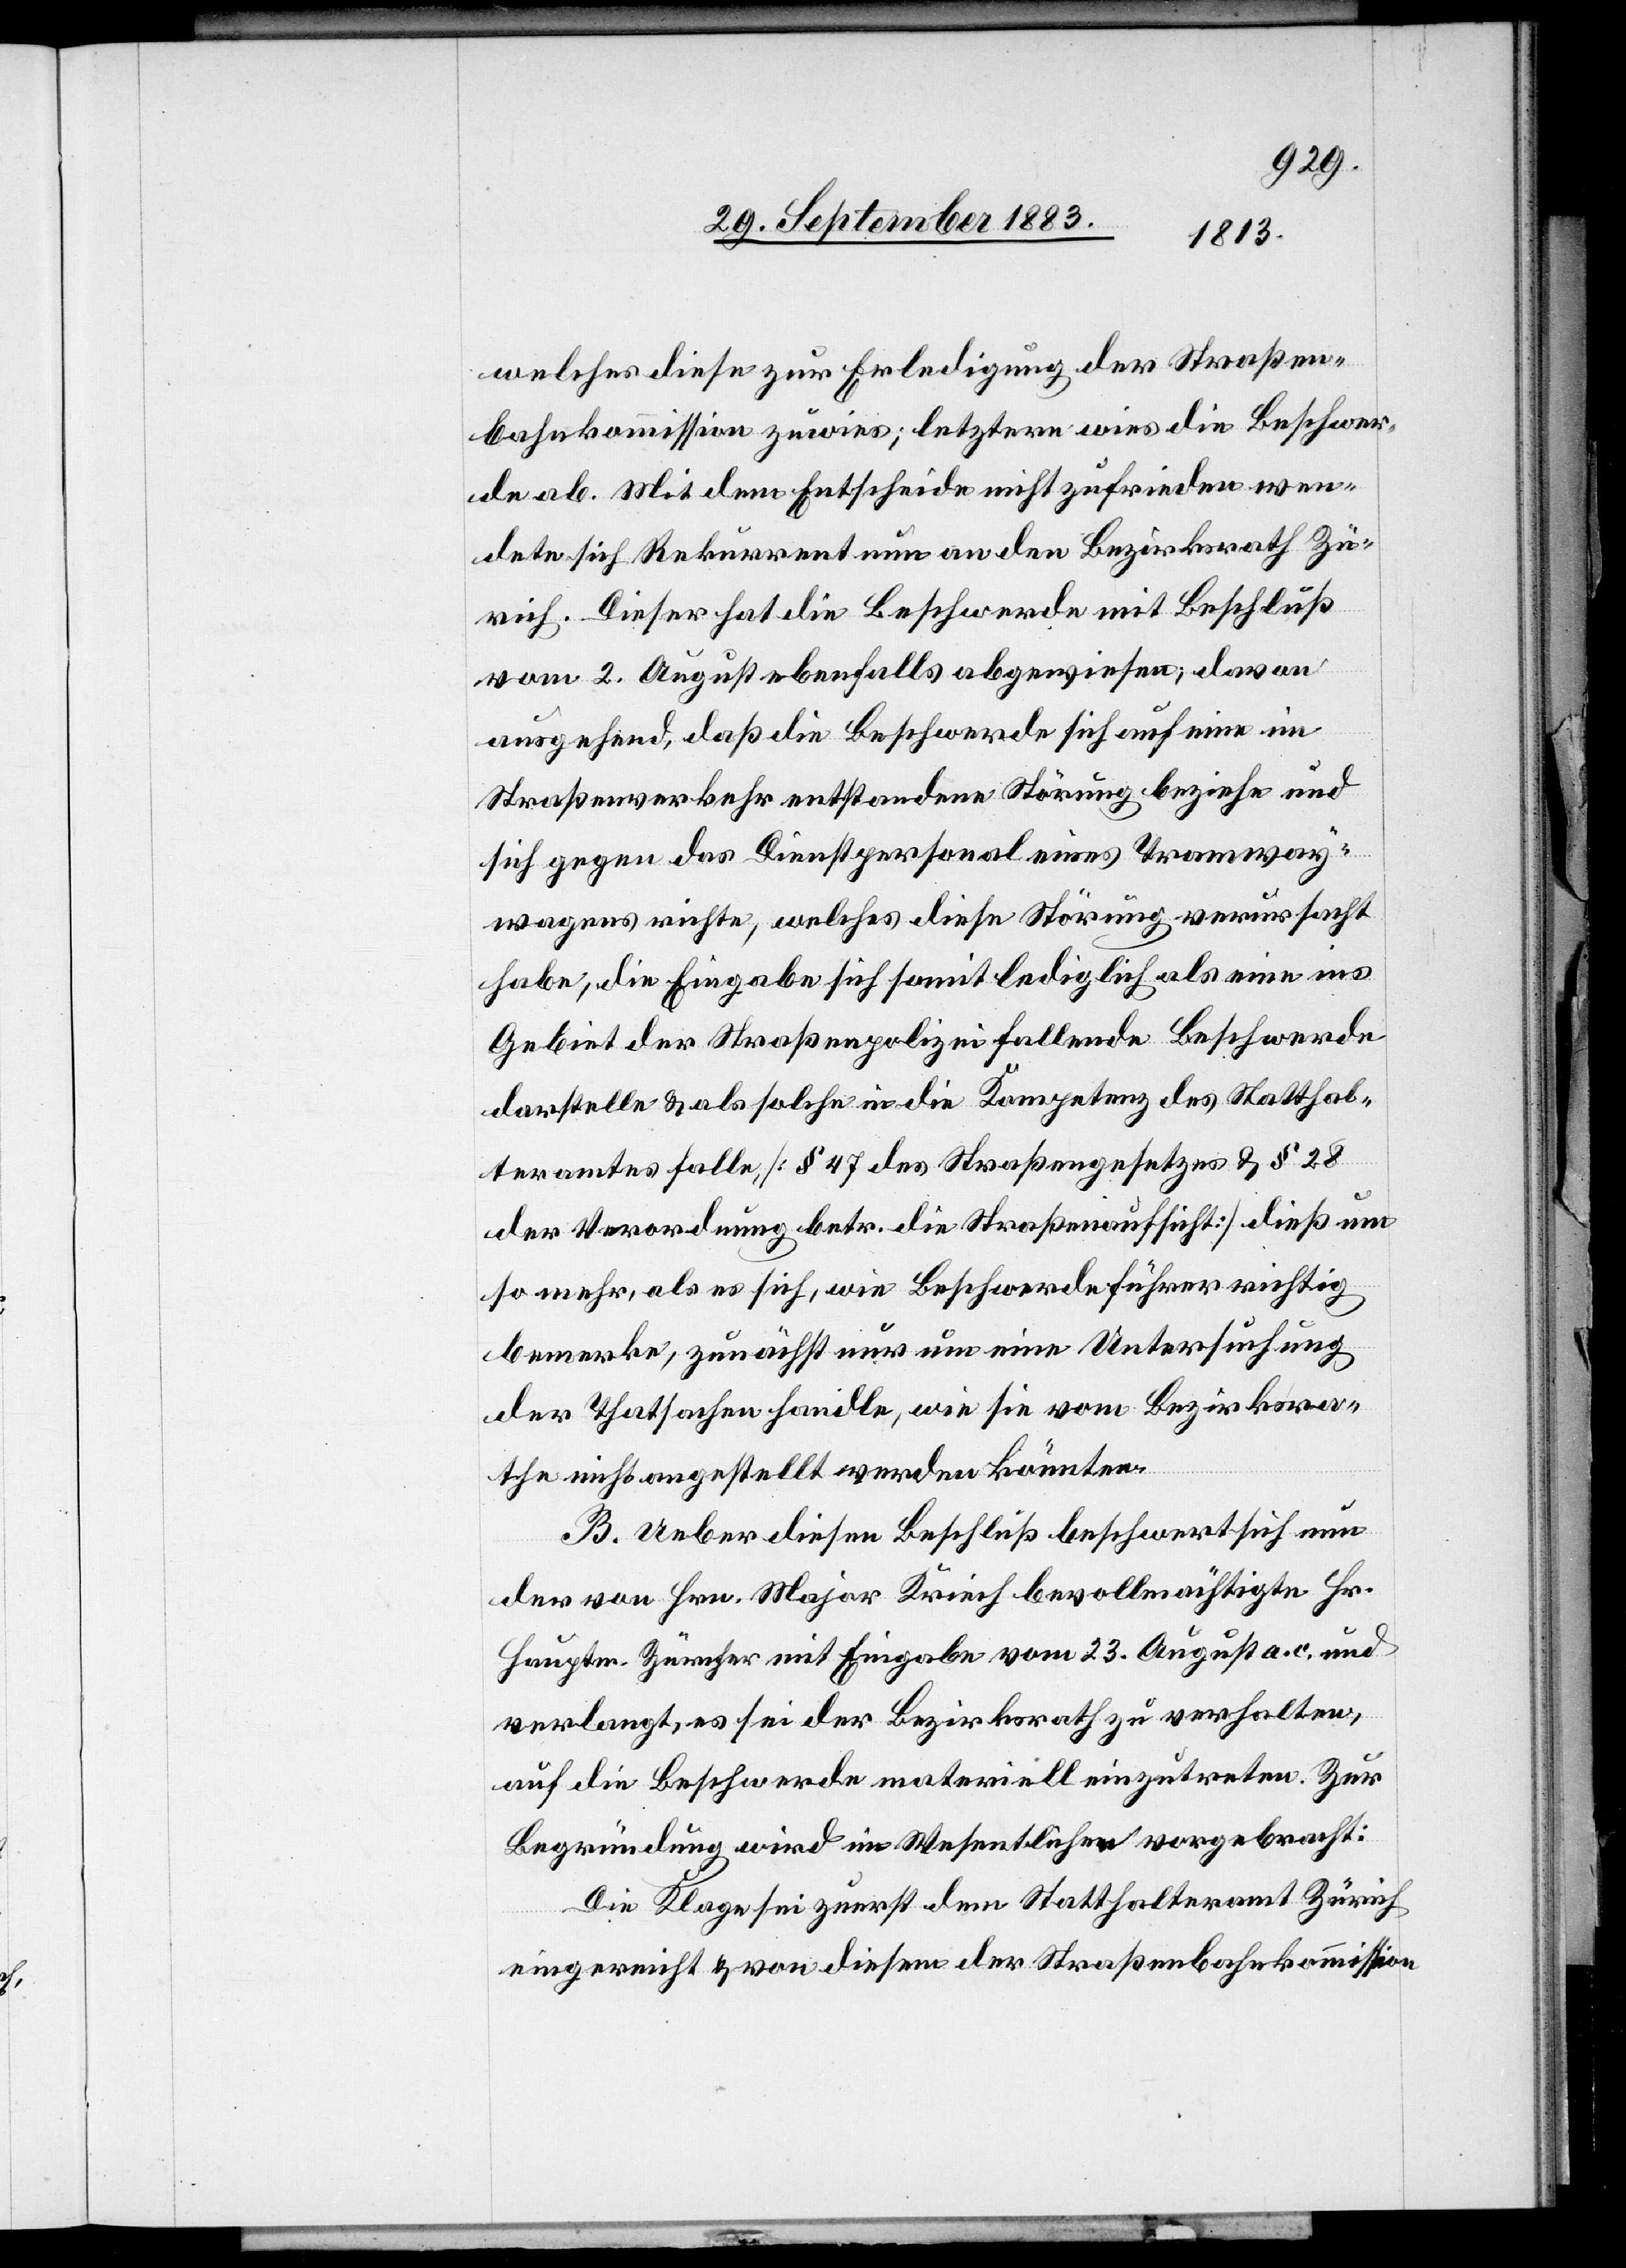
welches diese zur Erledigung der Straßen¬
bahnkommission zuwies; letztere wies die Beschwer¬
de ab. Mit dem Entscheide nicht zufrieden wen¬
dete sich Rekurrent nun an den Bezirksrath Zü¬
rich. Dieser hat die Beschwerde mit Beschluß
vom 2. August ebenfalls abgewiesen; davon
ausgehend, daß die Beschwerde sich auf eine im
Straßenverkehr entstandene Störung beziehe und
sich gegen das Dienstpersonal eines Tramway¬
wagens richte, welches diese Störung verursacht
habe, die Eingabe sich somit lediglich als eine ins
Gebiet der Straßenpolizei fallende Beschwerde
darstelle & als solche in die Kompetenz des Statthal¬
teramtes falle [§ 47 des Straßengesetzes & § 28
der Verordnung betr. die Straßenaufsicht] dieß um
so mehr, als es sich, wie Beschwerdeführer richtig
bemerke, zunächst nur um eine Untersuchung
der Thatsachen handle, wie sie vom Bezirksra¬
the nicht angestellt werden könnten
B. Ueber diesen Beschluß beschwert sich nun
der von Hrn. Major Kriech bevollmächtigte Hr.
Hauptm. Zürcher mit Eingabe vom 23. August a. c. und
verlangt, es sei der Bezirksrath zu verhalten,
auf die Beschwerde materiell einzutreten. Zur
Begründung wird im Wesentlichen vorgebracht:
Die Klage sei zuerst dem Statthalteramt Zürich
eingereicht & von diesem der Straßenbahnkommission